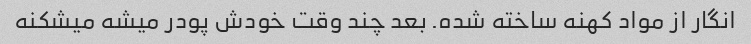
انگار از مواد کهنه ساخته شده. بعد چند وقت خودش پودر میشه میشکنه